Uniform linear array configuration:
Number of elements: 8
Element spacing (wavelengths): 0.25
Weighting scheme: kaiser
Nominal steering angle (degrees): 30
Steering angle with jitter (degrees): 28.83
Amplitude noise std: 0.05
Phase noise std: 0.05

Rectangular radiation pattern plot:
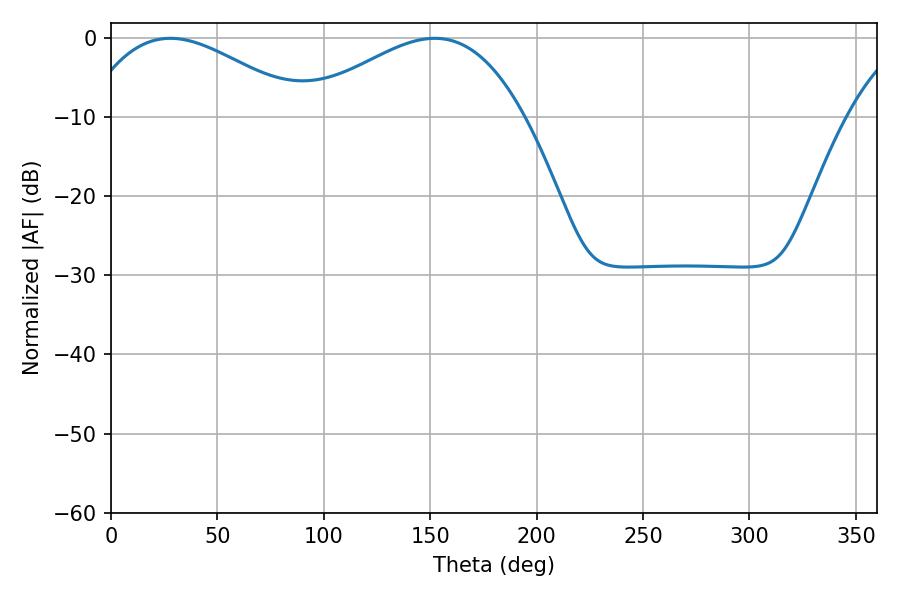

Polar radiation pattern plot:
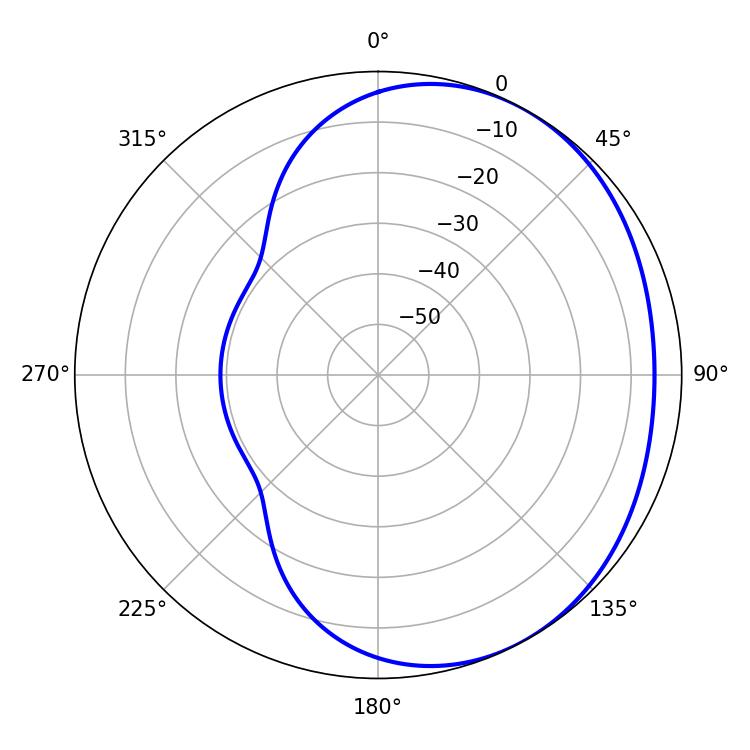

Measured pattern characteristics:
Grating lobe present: FALSE
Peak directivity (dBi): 2.503
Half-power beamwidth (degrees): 56.7
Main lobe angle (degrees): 27.9